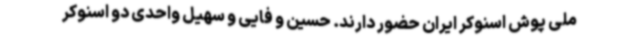
ملی پوش اسنوکر ایران حضور دارند. حسین و فایی و سهیل واحدی دو اسنوکر